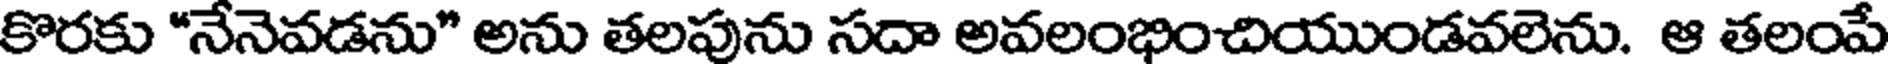
కొరకు "నేనెవడను" అను తలపును సదా అవలంభించియుండవలెను. ఆ తలంపే